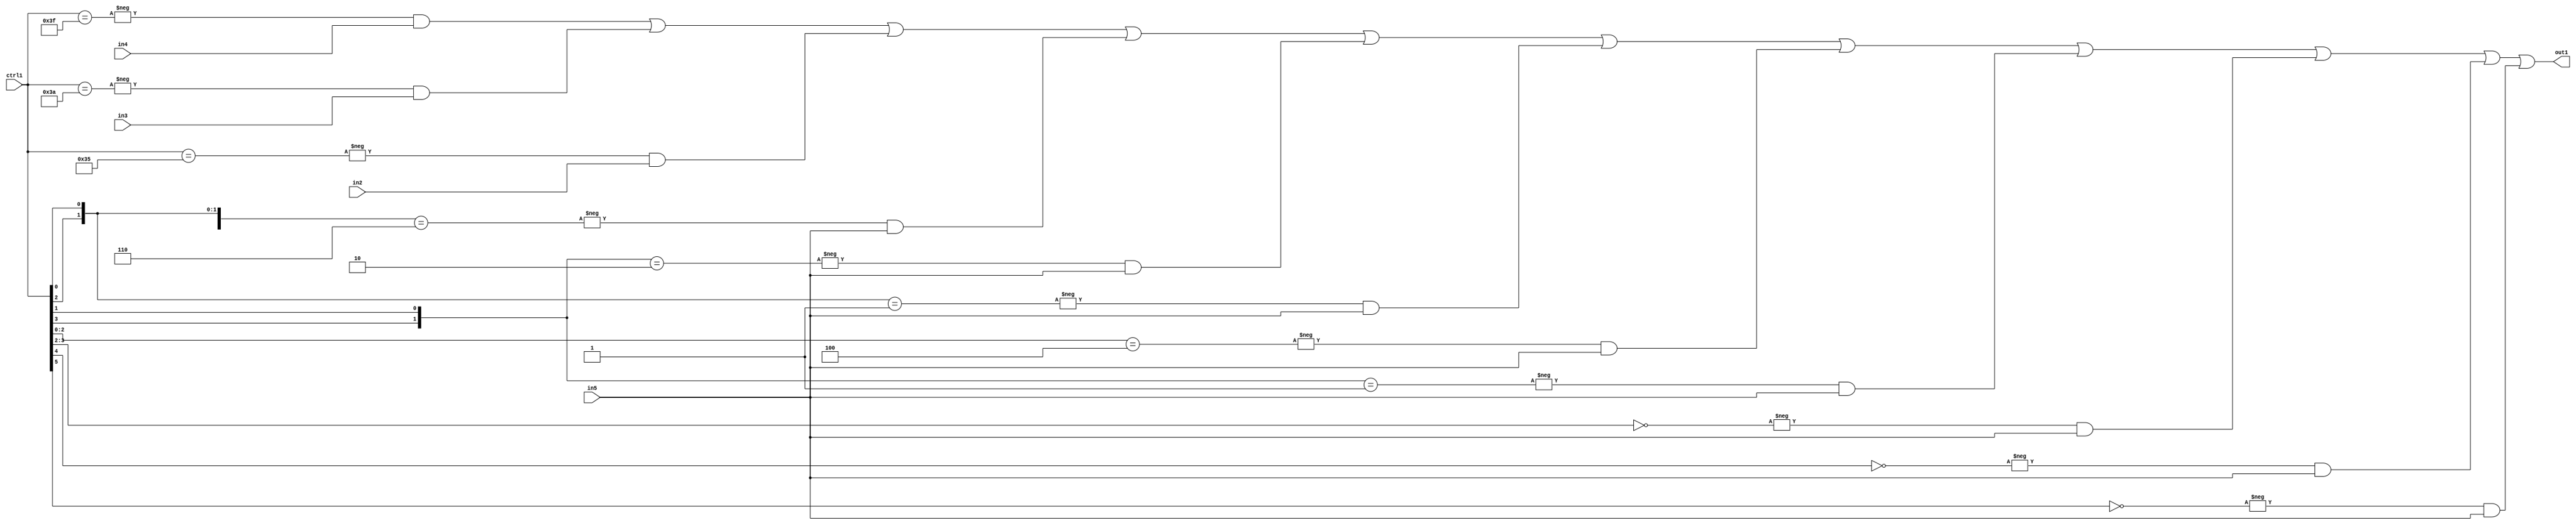
`timescale 1ps / 1ps
/*****************************************************************************
    Verilog RTL Description
    
    
    Created by: Stratus DpOpt 21.05.01 
*******************************************************************************/

module SobelFilter_N_Mux_32_4_60_4 (
	in5,
	in4,
	in3,
	in2,
	ctrl1,
	out1
	); /* architecture "behavioural" */ 
input [31:0] in5;
input [8:0] in4,
	in3,
	in2;
input [5:0] ctrl1;
output [31:0] out1;
wire [31:0] asc001;

assign asc001 = 
	-{ctrl1 == 6'B111111} & in4 |
	-{ctrl1 == 6'B111010} & in3 |
	-{ctrl1 == 6'B110101} & in2 |
	-{{ctrl1[3:2], ctrl1[0]} == 3'B110} & in5 |
	-{{ctrl1[3], ctrl1[1]} == 2'B10} & in5 |
	-{{ctrl1[2], ctrl1[0]} == 2'B01} & in5 |
	-{ctrl1[2:0] == 3'B100} & in5 |
	-{{ctrl1[3], ctrl1[1]} == 2'B01} & in5 |
	-{ctrl1[3:2] == 2'B00} & in5 |
	-{ctrl1[4] == 1'B0} & in5 |
	-{ctrl1[5] == 1'B0} & in5 ;

assign out1 = asc001;
endmodule

/* CADENCE  vbP5Qw0= : u9/ySxbfrwZIxEzHVQQV8Q== ** DO NOT EDIT THIS LINE ******/